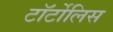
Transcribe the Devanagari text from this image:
टॉर्टोलिस